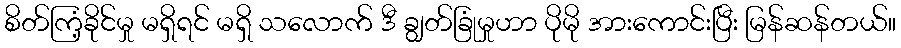
စိတ်ကြံ့ခိုင်မှု မရှိရင် မရှိ သလောက် ဒီ ချွတ်ခြုံမှုဟာ ပိုမို အားကောင်းပြီး မြန်ဆန်တယ်။